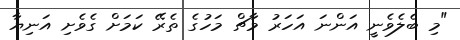
"މި ބެލެވެނީ އަންނަ އަހަރު މާޗް މަހުގެ ތެރޭ ކަމަށް ގެވެށި އަނިޔާ